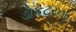
ડોકટરના